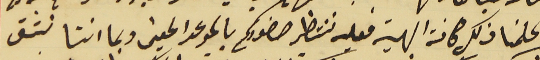
واعلمنا ذلك كافة الهيئه فعليه ننتظر حضوركم بالموعد المعين وبما اننا نثق